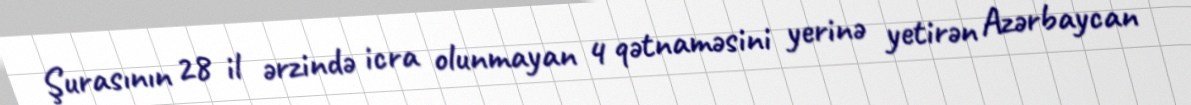
Şurasının 28 il ərzində icra olunmayan 4 qətnaməsini yerinə yetirən Azərbaycan